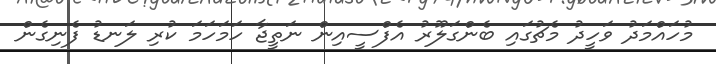
މުހައްމަދު ވަހީދު މެޗުގައި ބެންގަލޫރު އެފްސީއިން ނަތީޖާ ހަމަހަމަ ކުރި ލަނޑު ފެނިގެން